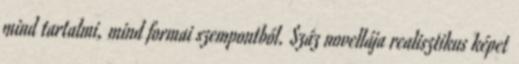
mind tartalmi, mind formai szempontból. Száz novellája realisztikus képet